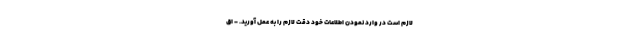
لازم است در وارد نمودن اطلاعات خود دقت لازم را به عمل آورید. - اق